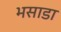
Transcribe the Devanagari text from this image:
भसाडा